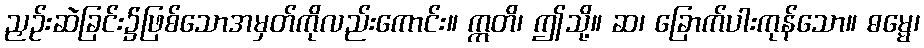
ညှဉ်းဆဲခြင်း၌ဖြစ်သောအမှတ်ကိုလည်းကောင်း။ ဣတိ၊ ဤသို့။ ဆ၊ ခြောက်ပါးကုန်သော။ ဓမ္မေ၊